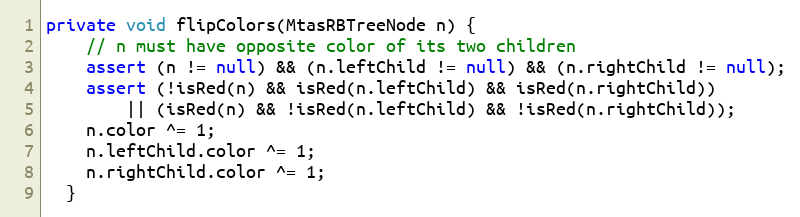
Language: Java
private void flipColors(MtasRBTreeNode n) {
    // n must have opposite color of its two children
    assert (n != null) && (n.leftChild != null) && (n.rightChild != null);
    assert (!isRed(n) && isRed(n.leftChild) && isRed(n.rightChild))
        || (isRed(n) && !isRed(n.leftChild) && !isRed(n.rightChild));
    n.color ^= 1;
    n.leftChild.color ^= 1;
    n.rightChild.color ^= 1;
  }